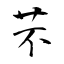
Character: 芣